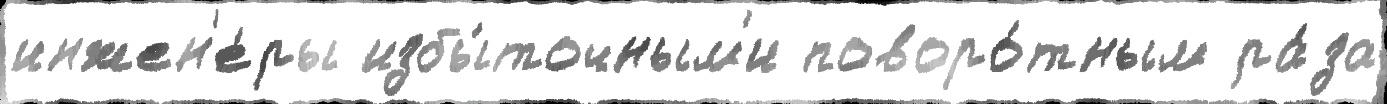
инжен'е́ры избы́точным'и поворо́тным ра́за